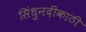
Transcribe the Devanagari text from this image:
सिंधुनदीकाठी